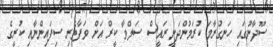
ސޫދާނުގައި ހަނގުރާމަ ކުރަމުންދަނީ ރައީސް ސަލްވާ ކީރް އަށް ވަފާތެރި ސިފައިންނާއި ކުރީގެ